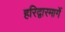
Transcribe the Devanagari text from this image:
हरिद्वारमार्गे